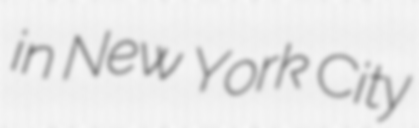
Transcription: in New York City